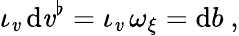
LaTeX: \iota_{\mathit{v}}\, \mathrm{{d}}\mathit{v}^{\flat}=\iota_{\mathit{v}}\, \omega_{\xi}=\mathrm{{d}}b\ ,